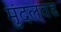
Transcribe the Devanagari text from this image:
मुंदलवड